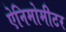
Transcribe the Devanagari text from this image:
ऐनिमोमीटर